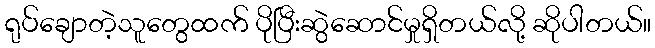
ရုပ်ချောတဲ့သူတွေထက် ပိုပြီးဆွဲဆောင်မှုရှိတယ်လို့ ဆိုပါတယ်။